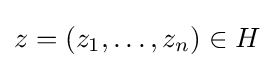
z=\left(z_{1},\ldots ,z_{n}\right)\in H